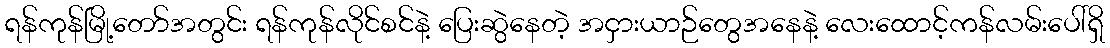
ရန်ကုန်မြို့တော်အတွင်း ရန်ကုန်လိုင်စင်နဲ့ ပြေးဆွဲနေတဲ့ အငှားယာဉ်တွေအနေနဲ့ လေးထောင့်ကန်လမ်းပေါ်ရှိ